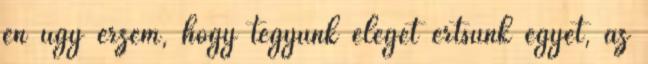
én úgy érzem, hogy tegyünk eleget értsünk egyet, az